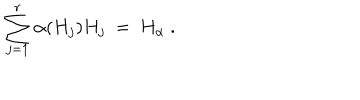
\sum _ { j = 1 } ^ { r } \alpha ( H _ { j } ) H _ { j } ~ = ~ H _ { \alpha } ~ .